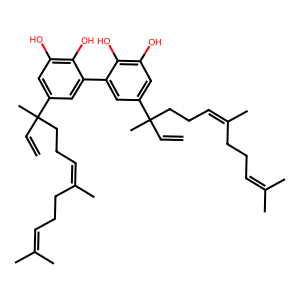
SMILES: C=CC(C)(CCC=C(C)CCC=C(C)C)c1cc(O)c(O)c(-c2cc(C(C)(C=C)CCC=C(C)CCC=C(C)C)cc(O)c2O)c1
Inhibits HIV replication: No